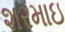
શરમાઇ